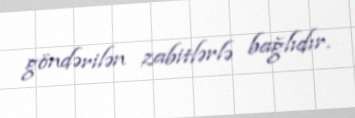
göndərilən zabitlərlə bağlıdır.